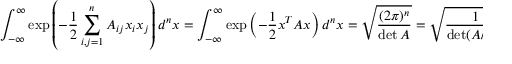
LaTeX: \int _ { - \infty } ^ { \infty } \exp { \left( - { \frac { 1 } { 2 } } \sum _ { i , j = 1 } ^ { n } A _ { i j } x _ { i } x _ { j } \right) } \, d ^ { n } x = \int _ { - \infty } ^ { \infty } \exp { \left( - { \frac { 1 } { 2 } } x ^ { T } A x \right) } \, d ^ { n } x = { \sqrt { \frac { ( 2 \pi ) ^ { n } } { \operatorname* { d e t } A } } } = { \sqrt { \frac { 1 } { \operatorname* { d e t } ( A / 2 \pi ) } } } = { \sqrt { \operatorname* { d e t } ( 2 \pi A ^ { - 1 } ) } }